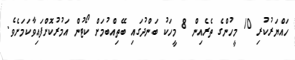
ހައްޔަރުކުރި 10 މީހުންގެ ތެރެއިން 8 މީހަކު ބަންދުގައި ބޭތިއްބުމަށް ކޯޓުން އަމުރުކޮށްފައިވާކަމަށެވެ.